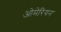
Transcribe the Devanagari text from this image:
ओमेरियन